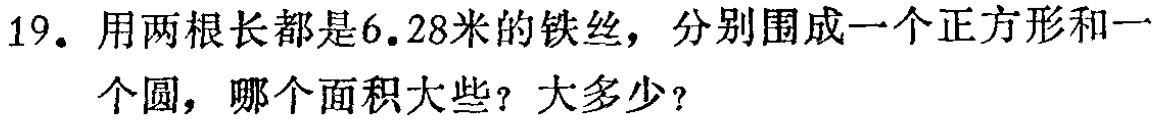
19. 用两根长都是$6.28$米的铁丝，分别围成一个正方形和一个圆，哪个面积大些？大多少？